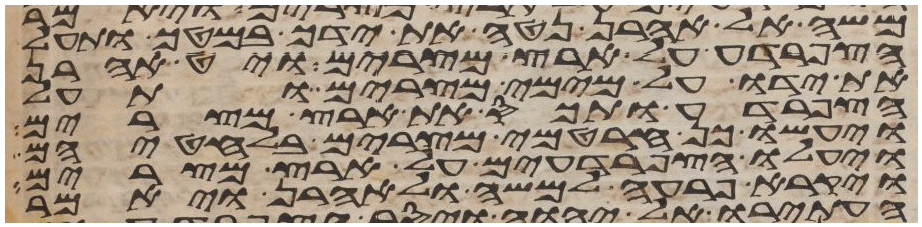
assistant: משה אל אהרן נטה את ידך במטך ותעל
הצפרדע על ארץ מצרים ויט אהרן
את ידו על מימי מצרים ותעל
הצפרדע ותכס את ארץ מצרים
ויעשו כן חרטמי מצרים בלחטיהם
ויעלו הצפרדעים על ארץ מצרים
ויקרא פרעה למשה ולאהרן ויאמר